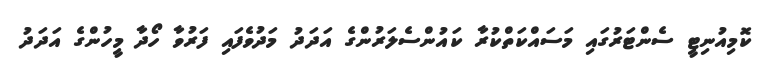
ކޮމިއުނިޓީ ސެންޓަރުގައި މަސައްކަތްކުރާ ކައުންސެލަރުންގެ އަދަދު މަދުވެފައި ފަރުވާ ހޯދާ މީހުންގެ އަދަދު